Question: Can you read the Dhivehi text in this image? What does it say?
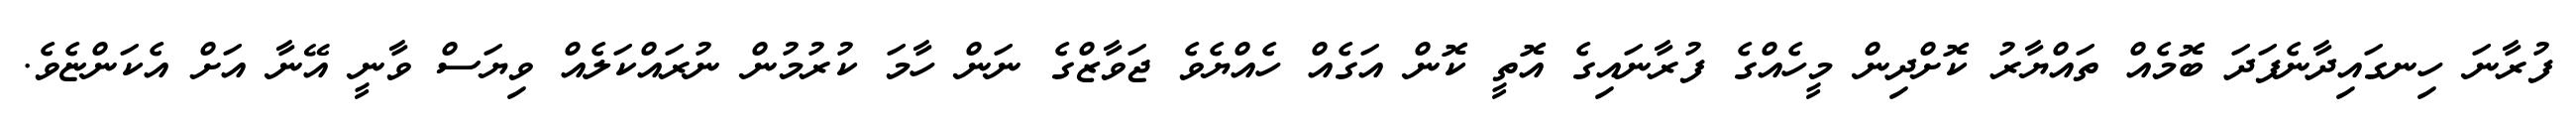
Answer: ފުރާނަ ހިނގައިދާނެފަދަ ބޮމެއް ތައްޔާރު ކޮށްދިން މީހެއްގެ ފުރާނައިގެ އޮތީ ކޮން އަގެއް ހެއްޔެވެ ޖަވާޒްގެ ނަން ހާމަ ކުރުމުން ނުރައްކަލެއް ވިޔަސް ވާނީ އޭނާ އަށް އެކަންޏެވެ.